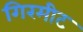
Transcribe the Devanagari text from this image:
गिरमीट